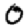
Digit: 0